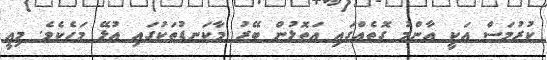
ކުރުމަސް އަކީ އާންމު ގޮތެއްގައި އަތޮޅުން ބޭރު މާކަނޑުތަކުގައި އުޅޭ މަހެކެވެ. މިއީ